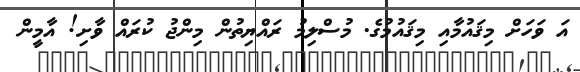
އަ ވަހަށް މިޤައުމާއި މިޤައުމުގެ. މުސްލިމު ރައްޔިތުން މިންޖު ކުރައް ވާށި! އާމީން